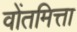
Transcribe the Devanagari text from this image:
वोंतमित्ता